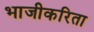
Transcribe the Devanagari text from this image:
भाजीकरिता